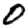
Digit: 0